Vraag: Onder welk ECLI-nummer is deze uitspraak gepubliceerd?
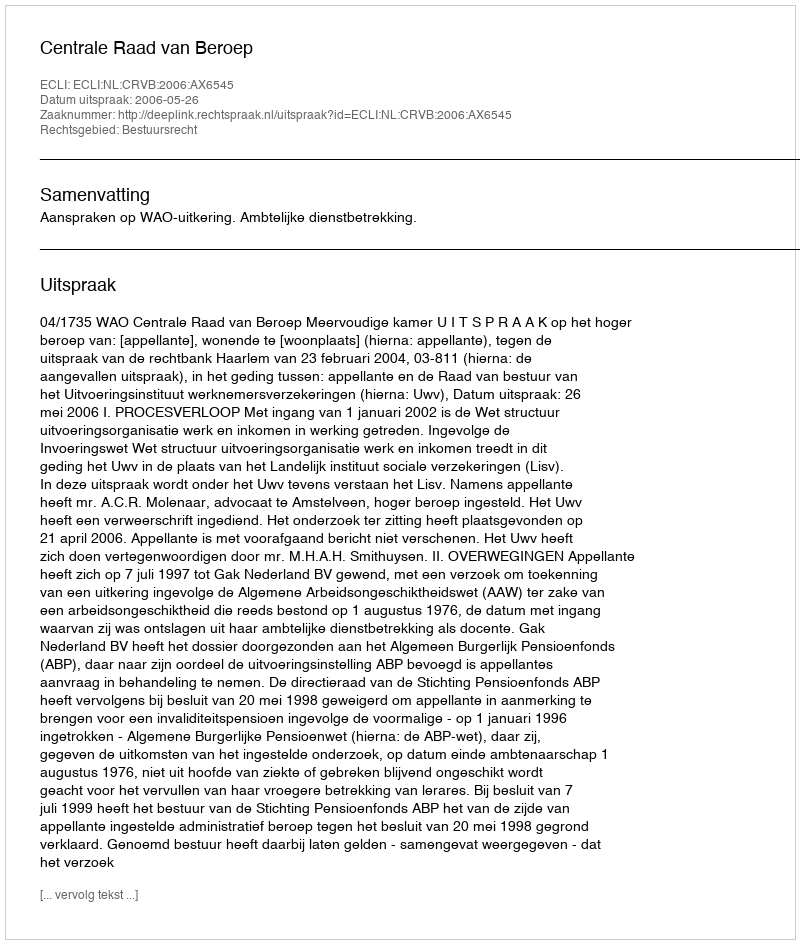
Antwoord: ECLI:NL:CRVB:2006:AX6545